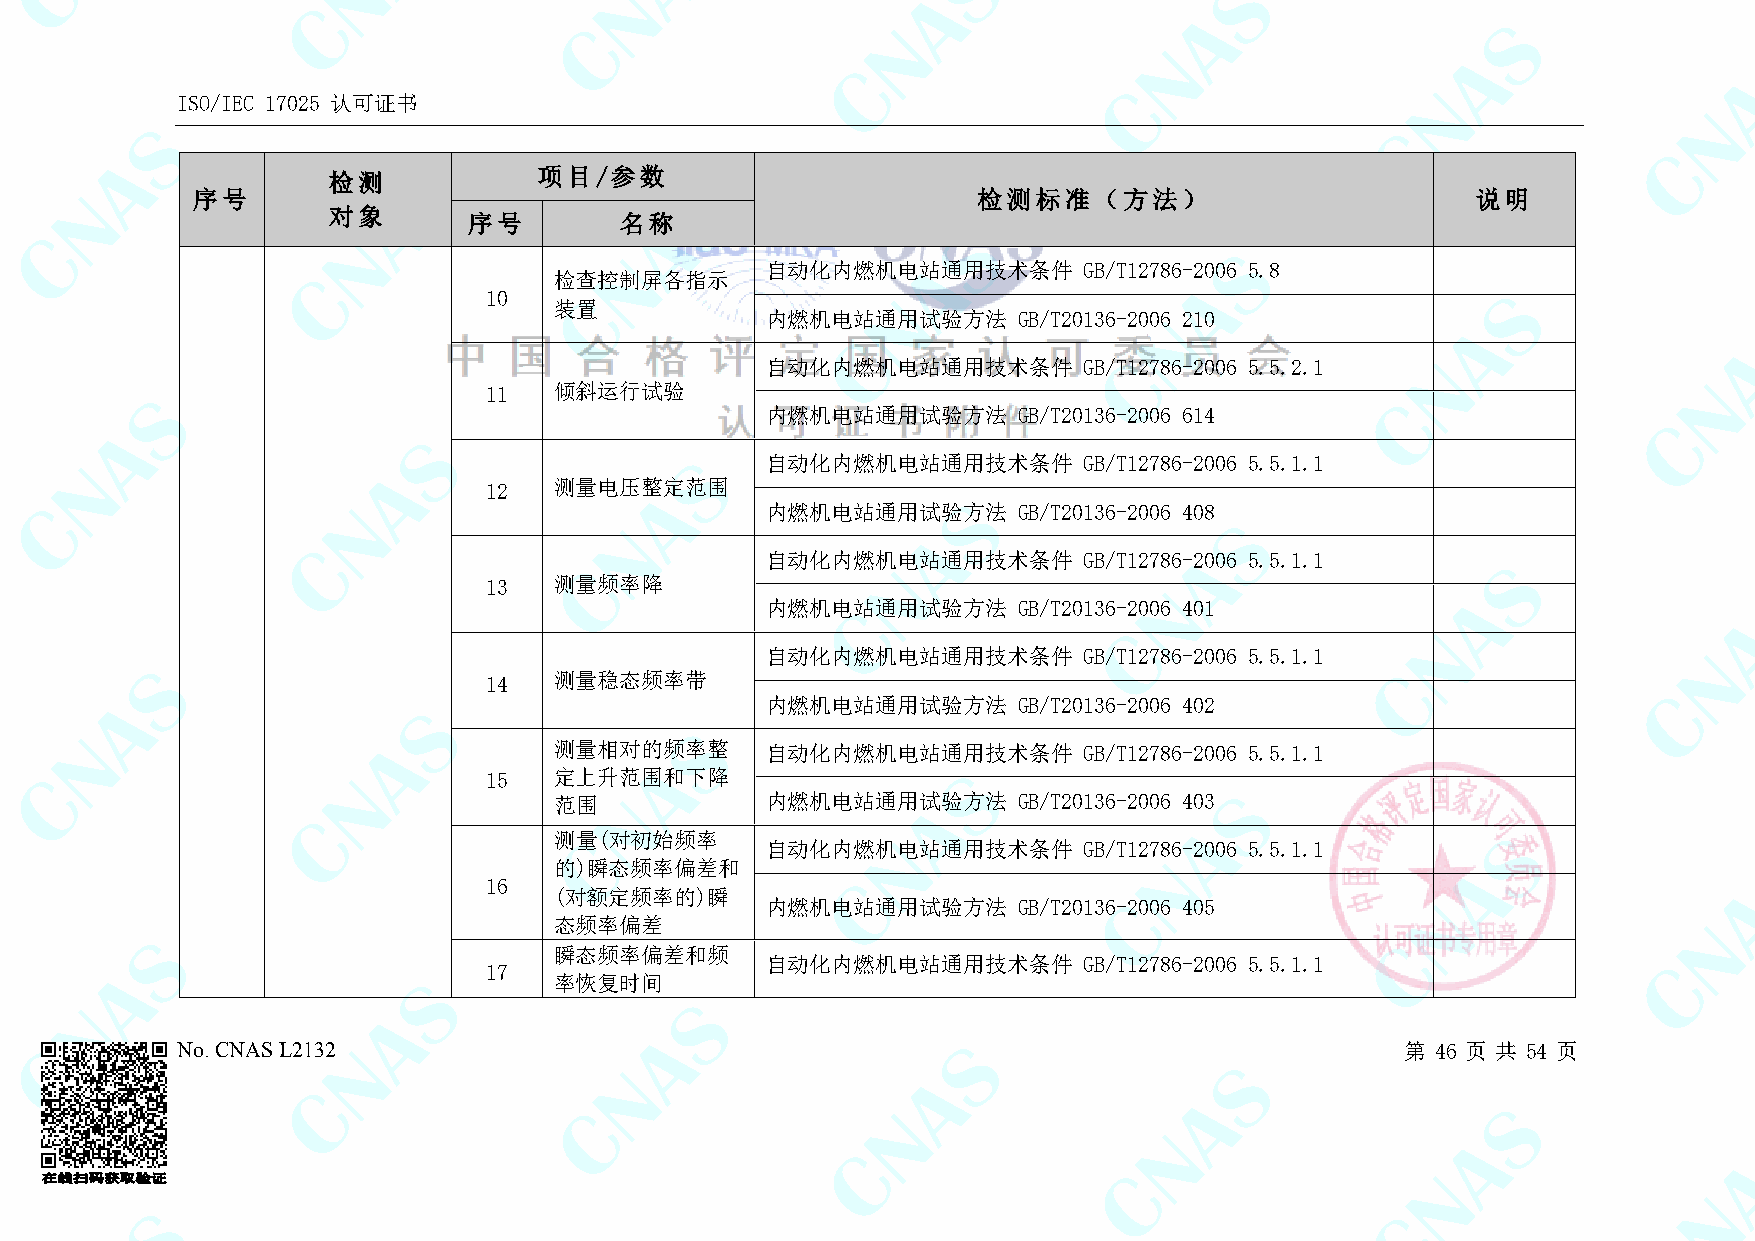
ISO/IEC 17025 认可证书
 检测            项目/参数
 序号                                                  检测标准（方法）                         说明
 对象
 序号        名称
 自动化内燃机电站通用技术条件       GB/T12786-2006 5.8
 检查控制屏各指示
 10
 装置
 内燃机电站通用试验方法     GB/T20136-2006 210
 自动化内燃机电站通用技术条件       GB/T12786-2006 5.5.2.1
 11   倾斜运行试验
 内燃机电站通用试验方法     GB/T20136-2006 614
 自动化内燃机电站通用技术条件       GB/T12786-2006 5.5.1.1
 12   测量电压整定范围
 内燃机电站通用试验方法     GB/T20136-2006 408
 自动化内燃机电站通用技术条件       GB/T12786-2006 5.5.1.1
 13   测量频率降
 内燃机电站通用试验方法     GB/T20136-2006 401
 自动化内燃机电站通用技术条件       GB/T12786-2006 5.5.1.1
 14   测量稳态频率带
 内燃机电站通用试验方法     GB/T20136-2006 402
 测量相对的频率整      自动化内燃机电站通用技术条件       GB/T12786-2006 5.5.1.1
 15   定上升范围和下降
 范围            内燃机电站通用试验方法     GB/T20136-2006 403
 测量(对初始频率
 自动化内燃机电站通用技术条件       GB/T12786-2006 5.5.1.1
 的)瞬态频率偏差和
 16
 (对额定频率的)瞬
 内燃机电站通用试验方法     GB/T20136-2006 405
 态频率偏差
 瞬态频率偏差和频
 自动化内燃机电站通用技术条件       GB/T12786-2006 5.5.1.1
 17
 率恢复时间
 No. CNAS L2132                                                                   第 46 页 共 54 页